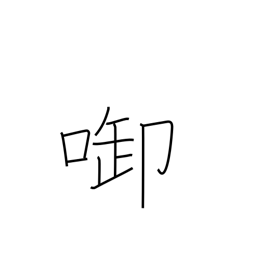
Meaning: hold in mouth or between teeth